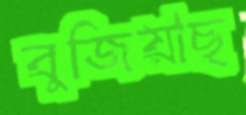
বুজিয়াছ